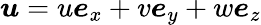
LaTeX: \boldsymbol{u}=u\boldsymbol{e}_{x}+v\boldsymbol{e}_{y}+w\boldsymbol{e}_{z}